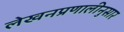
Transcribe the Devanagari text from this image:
लेखनप्रणालीनुसार